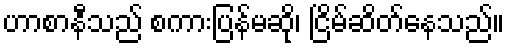
ဟာစာနီသည် စကားပြန်မဆို၊ ငြိမ်ဆိတ်နေသည်။